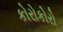
કોરોકોરો